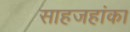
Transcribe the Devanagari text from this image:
साहजहांका